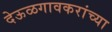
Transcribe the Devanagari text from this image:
देऊळगावकरांच्या